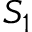
S _ { 1 }